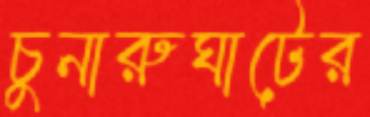
চুনারুঘাটের